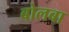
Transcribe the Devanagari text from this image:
बोलबा